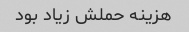
هزینه حملش زیاد بود